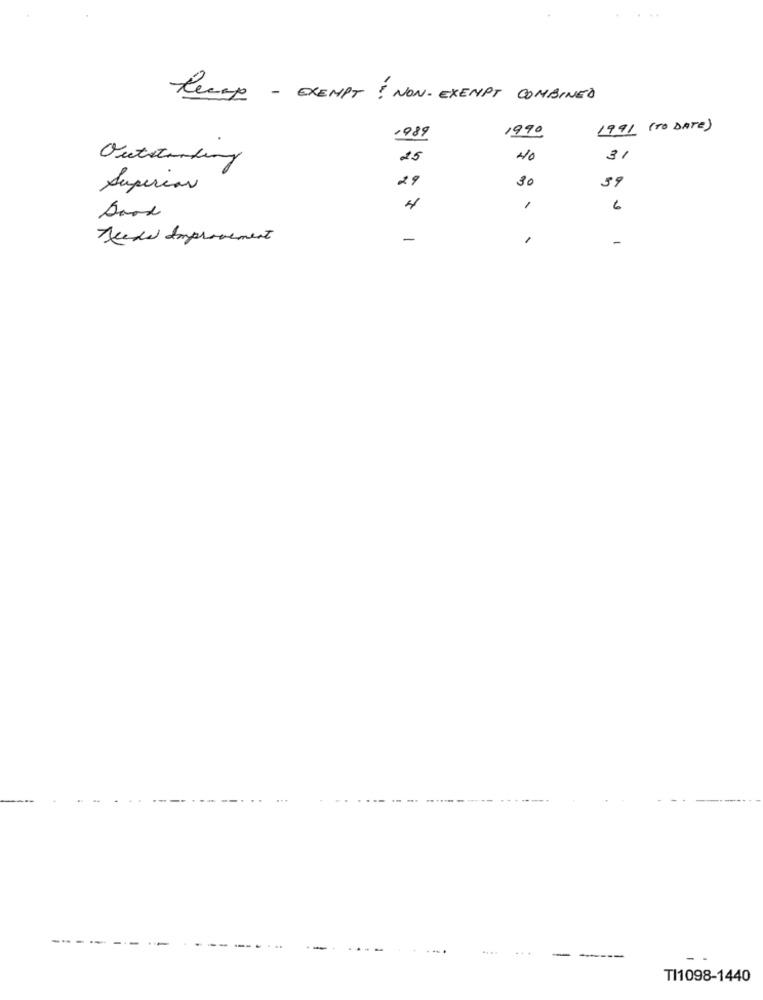
Recep - EXEMPT ! NON- EXEMPT COMBINED
1989
1990
1991 ( To DATE)
Outstanding
25
40
31
29
30
39
Supercar
4
1
6
Book
Jede Improvement
-
-
----
TI1098-1440